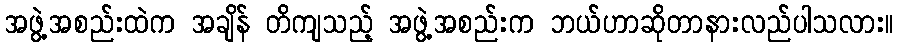
အဖွဲ့အစည်းထဲက အချိန် တိကျသည့် အဖွဲ့အစည်းက ဘယ်ဟာဆိုတာနားလည်ပါသလား။